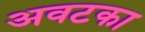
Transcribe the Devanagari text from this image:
अवटका